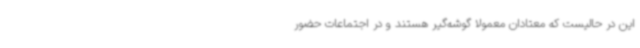
این در حالیست که معتادان معمولا گوشه‌گیر هستند و در اجتماعات حضور